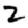
Digit: 2